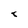
Character: 8